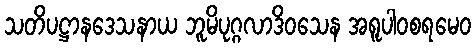
သတိပဋ္ဌာနဒေသနာယ ဘူမိပုဂ္ဂလာဒိဝသေန အရူပါဝစရမေဝ